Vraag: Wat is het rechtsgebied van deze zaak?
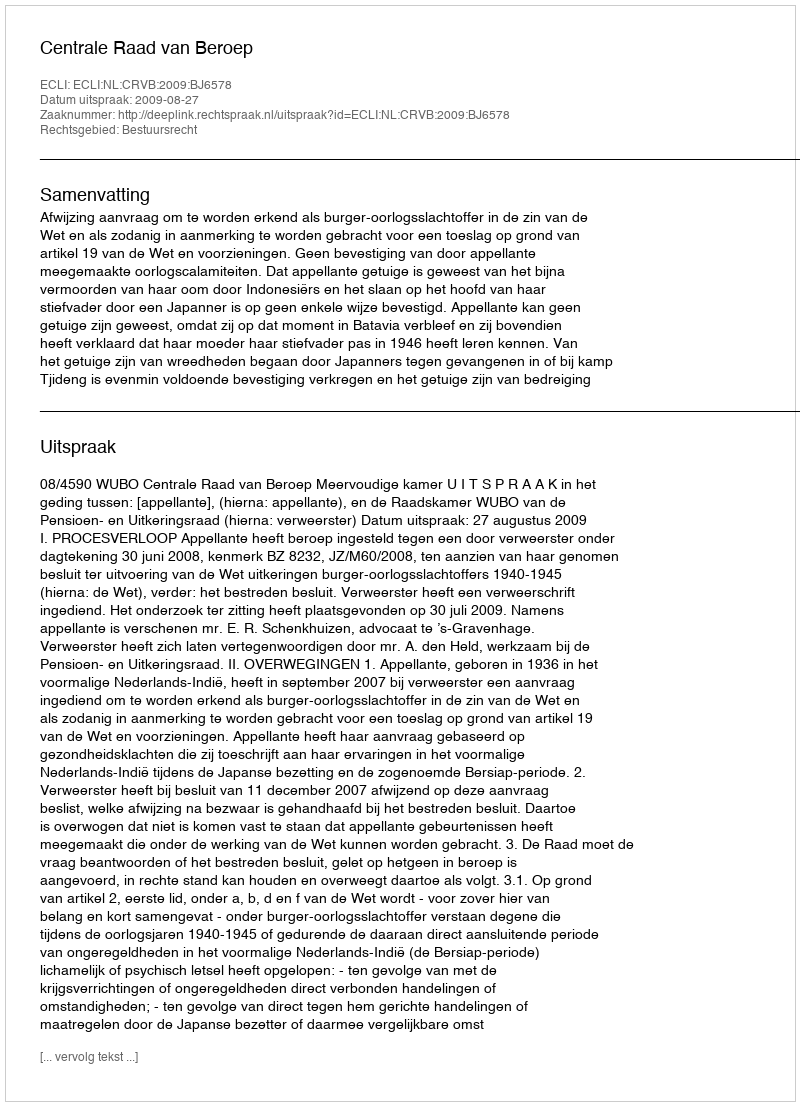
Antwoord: Bestuursrecht